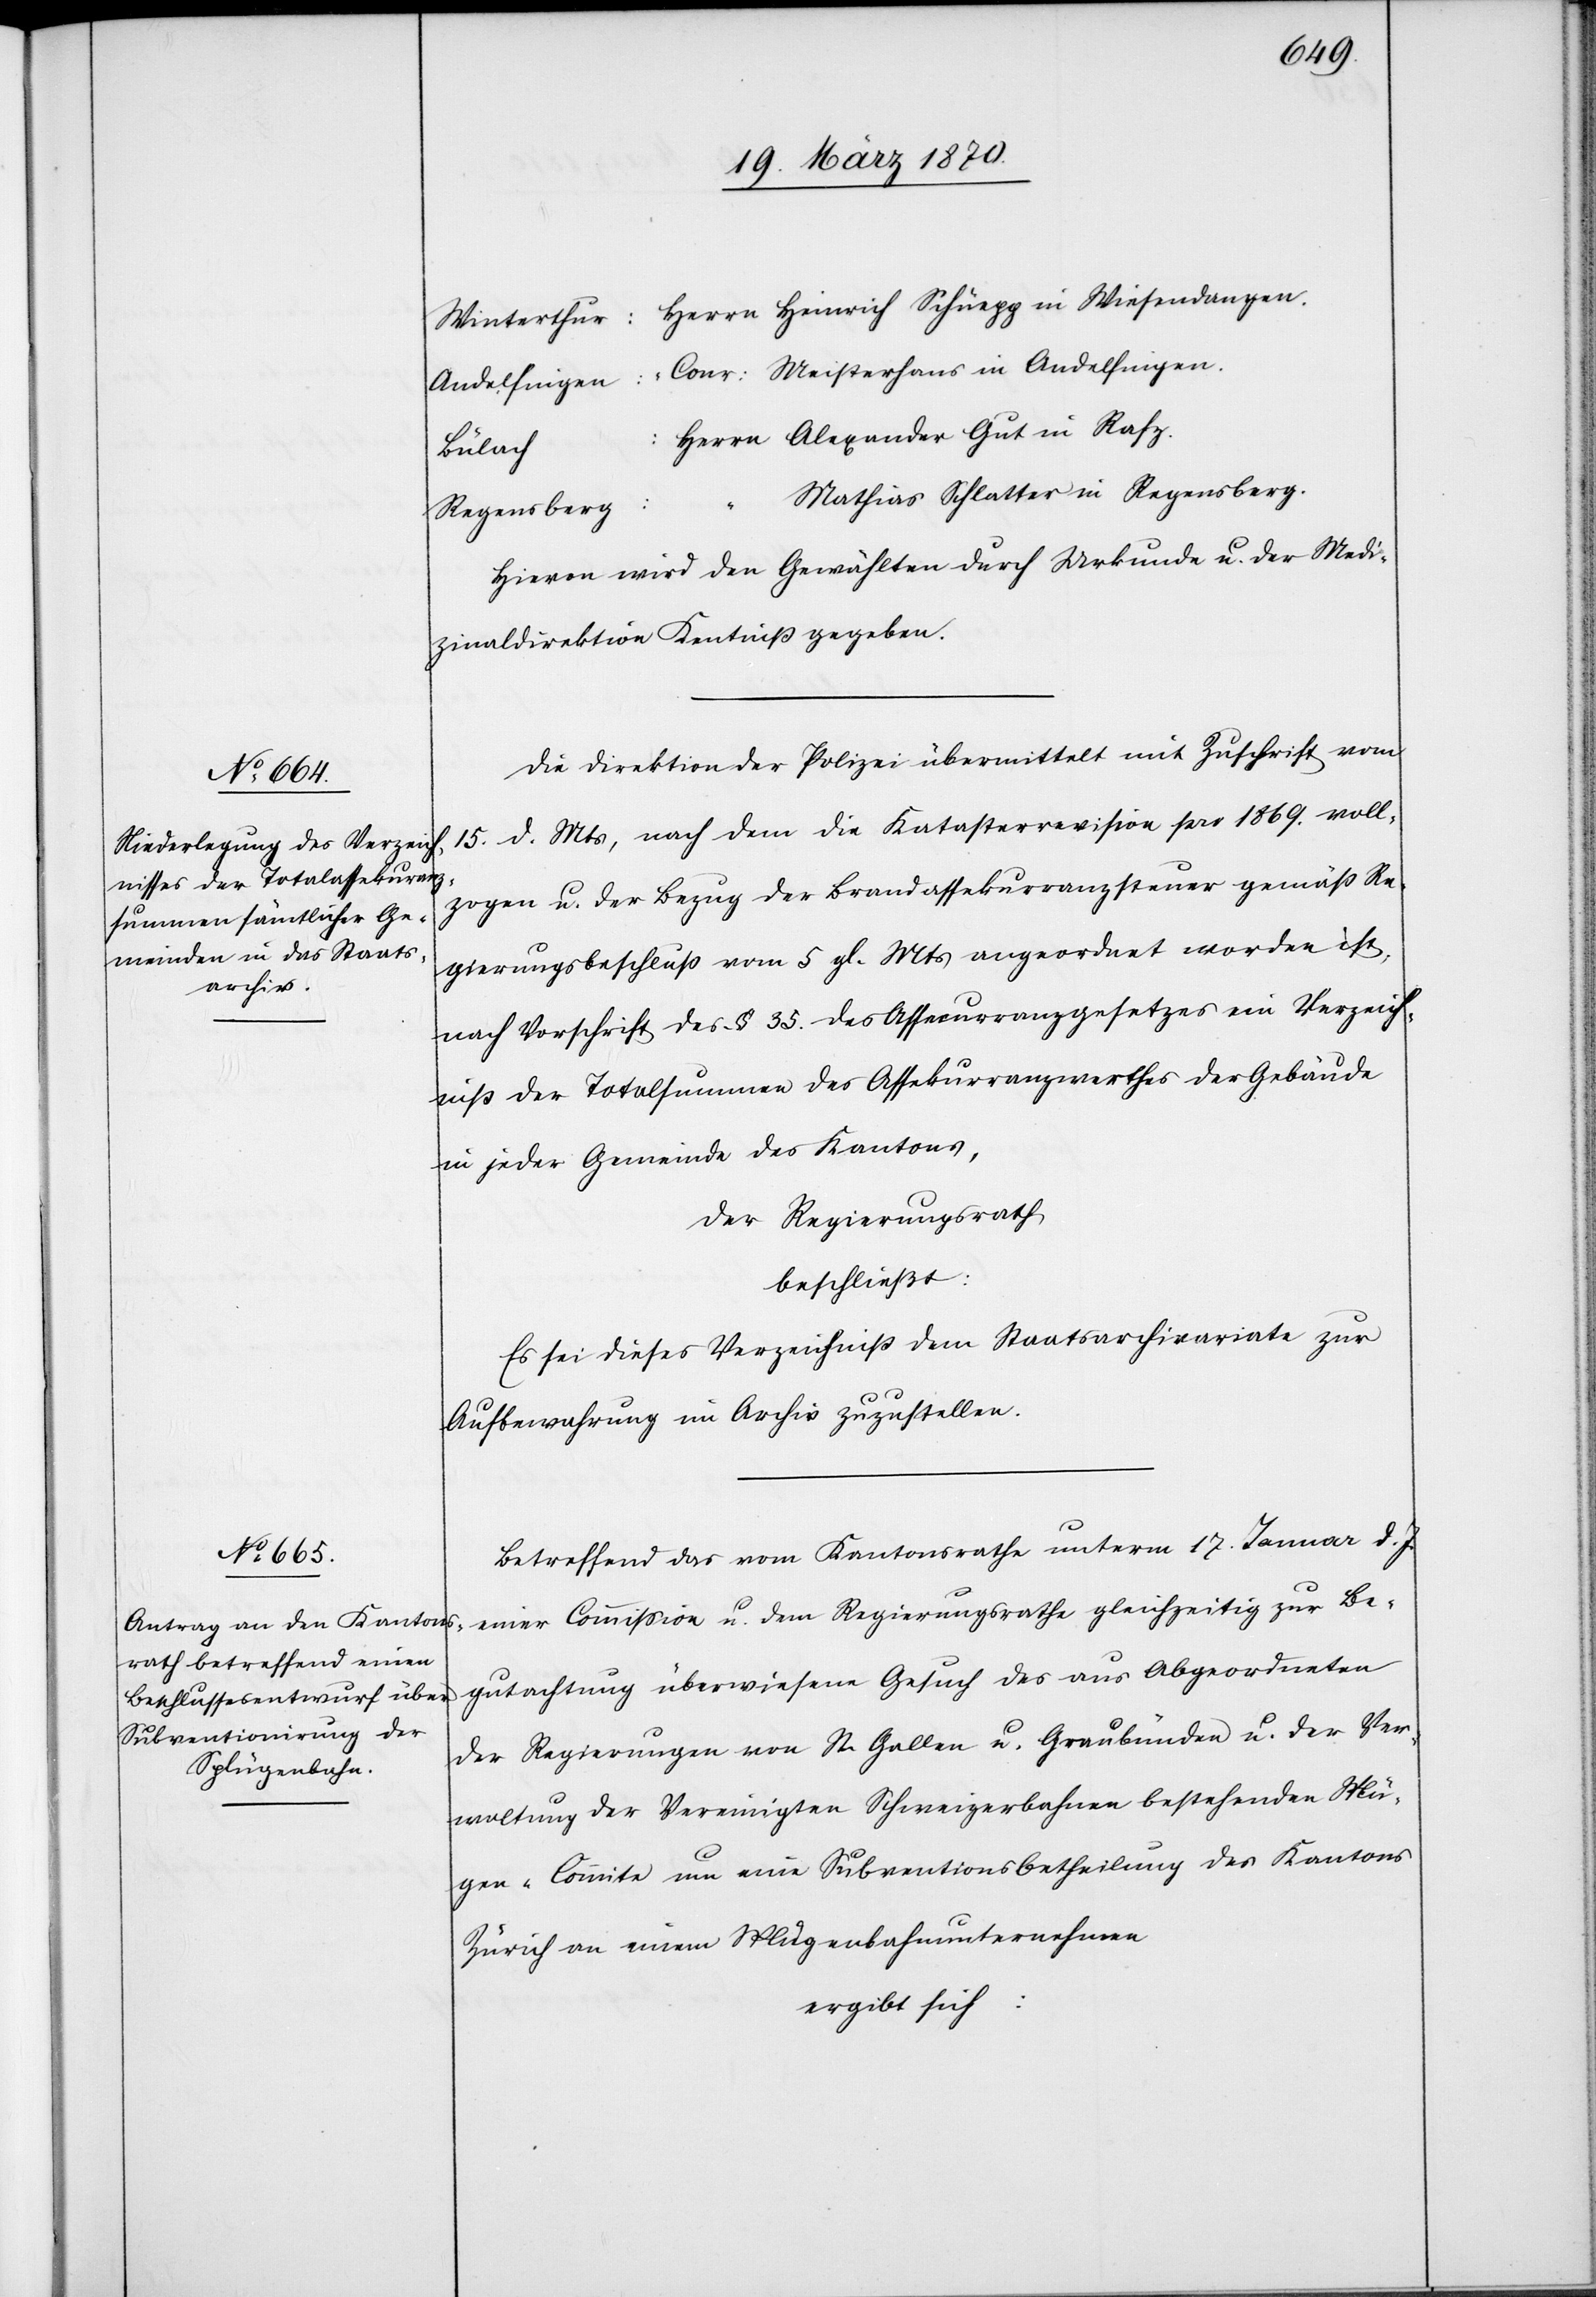
Bülach:
Mathias Schlatter in Regensberg.
Regensberg:
Hievon wird den Gewählten durch Urkunde u. der Medi¬
zinaldirektion Kenntniß gegeben.
Die Direktion der Polizei übermittelt mit Zuschrift vom
15. d. Mts, nach dem die Katasterrevision pro 1869. voll¬
zogen u. der Bezug der Brandassekuranzsteuer gemäß Re¬
gierungsbeschluß vom 5 gl. Mts angeordnet worden ist,
nach Vorschrift des § 35. des Assecuranzgesetzes ein Verzeich¬
niß der Totalsummen des Assekuranzwerthes der Gebäude
in jeder Gemeinde des Kantons,
Der Regierungsrath
beschließt:
Es sei dieses Verzeichniß dem Staatsarchivariate zur
Aufbewahrung im Archiv zuzustellen.
Betreffend das vom Kantonsrathe unterm 17. Januar d. J.
einer Commission u. dem Regierungsrathe gleichzeitig zur Be¬
gutachtung überwiesene Gesuch des aus Abgeordneten
der Regierungen von St. Gallen u. Graubünden u. der Ver¬
waltung der Vereinigten Schweizerbahnen bestehenden Splü¬
gen-Commite um eine Subventionsbetheilung [sic!] des Kantons
Zürich an einem Splügenbahnunternehmen
ergibt sich: